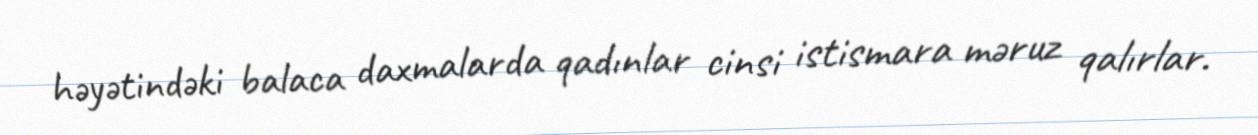
həyətindəki balaca daxmalarda qadınlar cinsi istismara məruz qalırlar.